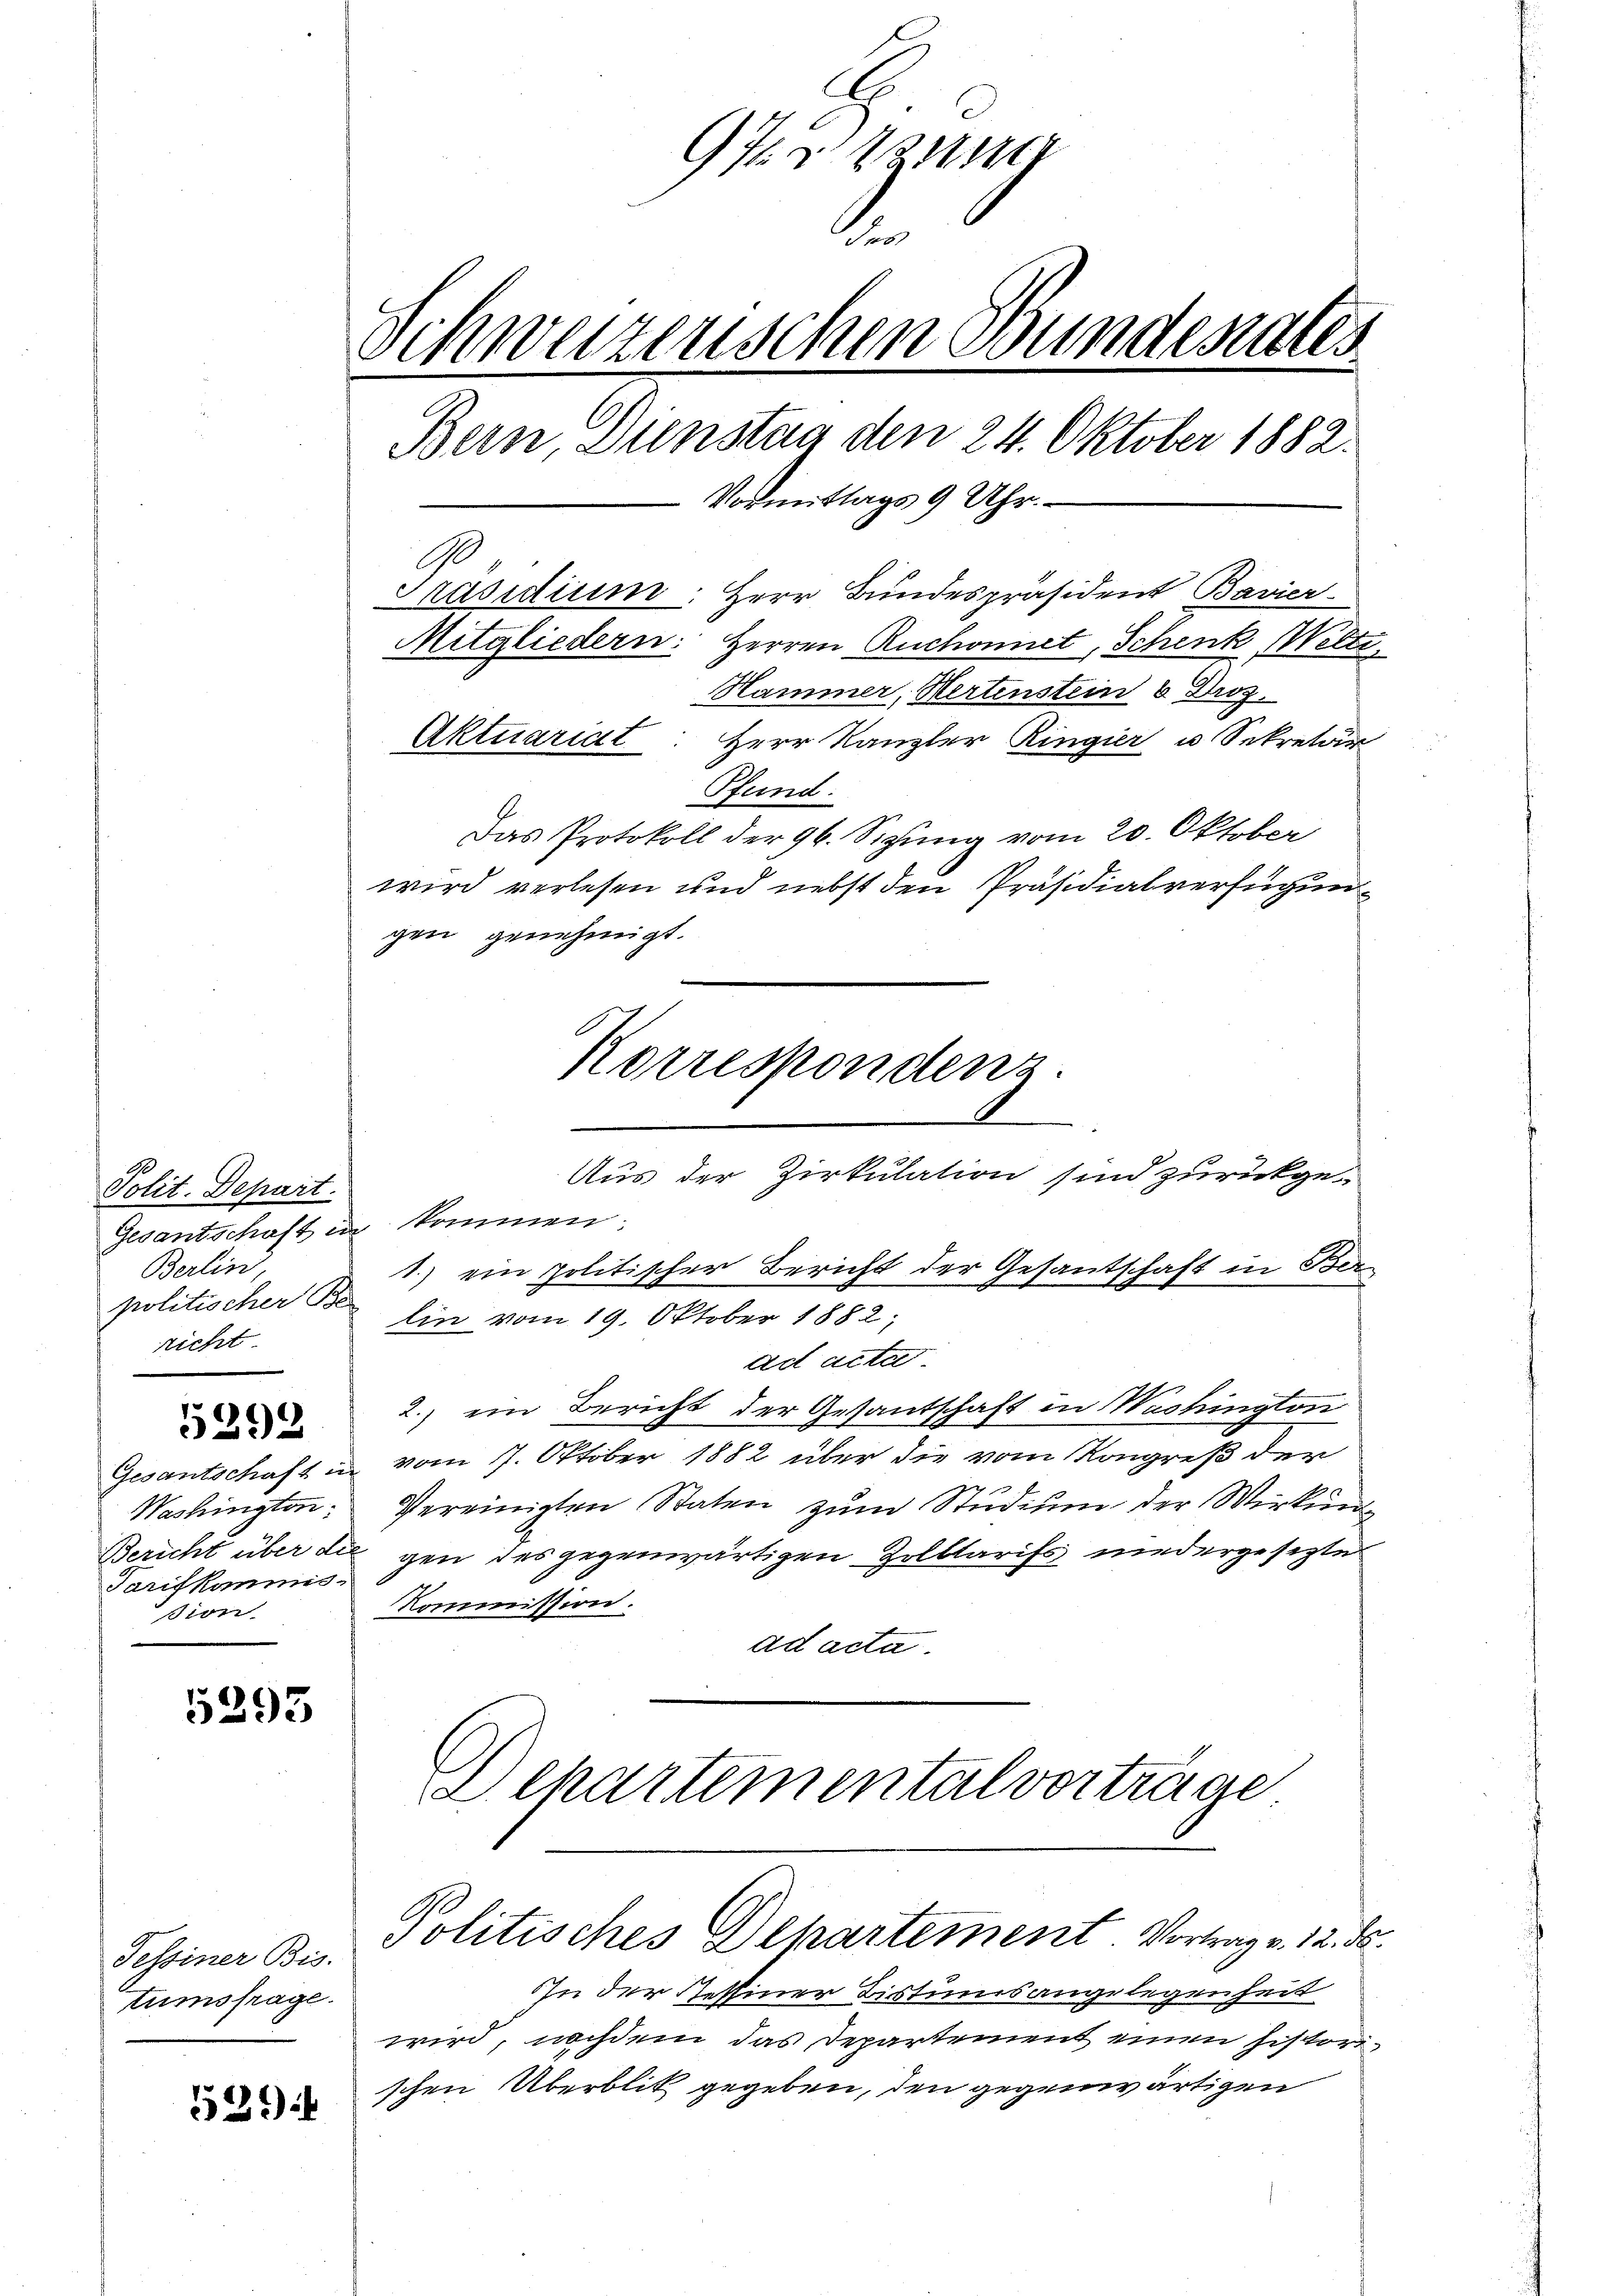
Polit. Depart.
Berlin,
richt.

5292

Washington
Tarifkommis-
sion.

5393

Tessiner Bis.
tumsfrage.

52)

97. Wenn
2
Schweizenschen Bunderates
Bern, Dienstag den 24. Oktober 1882.
Vormittags 9 Uhr.
99
Präsidium. Herr Bundespräsident Bavier
Mitgliedern: Herren Ruchonnet, Schenk Wetti
Hammer, Wertenstein 6 Droz.
Aktuariat: Herr Kanzler Ringier u Sekretär
Pfund
Das Protokoll der 96. Sizung vom 20. Oktober
wird verlesen und nebst den Präsidialverfügungen genehmigt.

Aus der Zirkulation sind zurückge¬
Gesantschaft in kommen.
politischer Ein vom 19. Oktober 1882;
ad acta.
2.) ein Bericht der Gesantschaft in Washington
Gesantschaft in vom 7. Oktober 1882 über die vom Kongreß der
Vereinigten Staten zŭm Studium der Wirkung
Bericht über die gen des gegenwärtigen Zollarifs niedergesezte
Kommission.
ad acta.

Korrespondenz.

In der Pessiner Bistumsangelegenheit
wird, nachdem das Departement einen historischen Überblik gegeben, den gegenwärtigen

1.) ein politischer Bericht der Gesantschaft in Ber¬

DDepartemental vorträge

Politisches Departement Vortrag v. 12. ds.